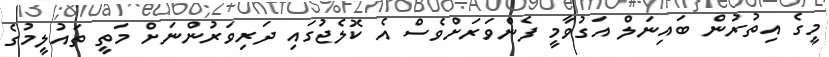
މީގެ އިތުރުން ބައިނަލް އަގުވާމީ ފެންވަރަށްވެސް އެ ކޮލެޖުގައި ދަރިވަރުންނަށް މަތީ ތައުލީމުގެ